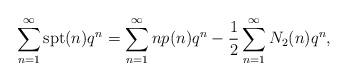
LaTeX: \begin{align*}\sum_{n=1}^{\infty}\textup{spt}(n)q^n=\sum_{n=1}^{\infty}np(n)q^n-\frac{1}{2}\sum_{n=1}^{\infty}N_2(n)q^n,\end{align*}